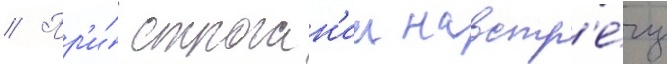
// Пр'и́ строган'ии навстр'е́чу